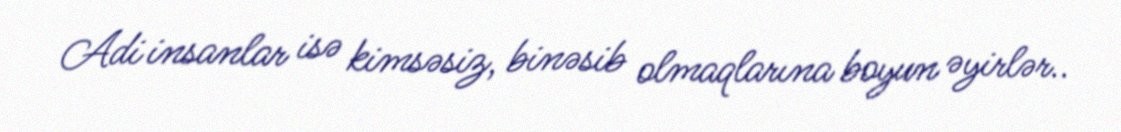
Adi insanlar isə kimsəsiz, binəsib olmaqlarına boyun əyirlər..